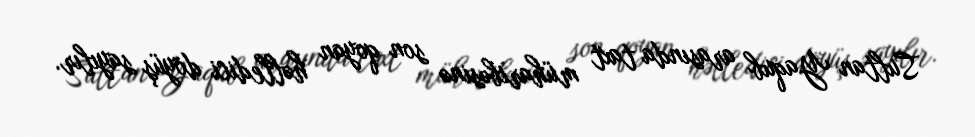
Sultan Yaqub arasında taxt müharibəsinə son qoyan həlledici döyüş sayılır.